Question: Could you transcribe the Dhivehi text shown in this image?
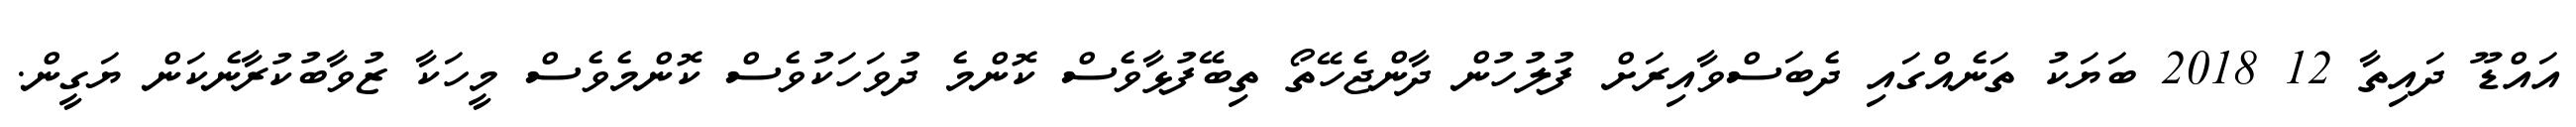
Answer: އައްޑޫ ދައިތާ 12 2018 ބަޔަކު ތަނެއްގައި ދެބަސްވާއިރަށް ފުލުހުން ދާންޖެހޭތޯ ތިބޭފުޅާވެސް ކޮންމެ ދުވަހަކުވެސް ކޮންމެވެސް މީހަކާ ޒުވާބުކުރާނެކަން ޔަގީން.